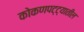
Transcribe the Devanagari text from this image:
कोकणपट्ट्यातील